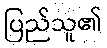
ပြည်သူ၏